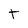
Character: T